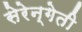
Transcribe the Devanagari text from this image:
सेरेन्गेती